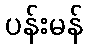
ပန်းမန်